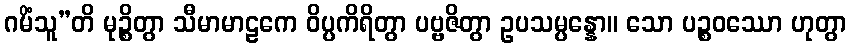
ဂမိံသူ”တိ မုဉ္စိတွာ သီမာမာဠကေ ဝိပ္ပကိရိတွာ ပဗ္ဗဇိတွာ ဥပသမ္ပန္နော။ သော ပဉ္စဝဿော ဟုတွာ